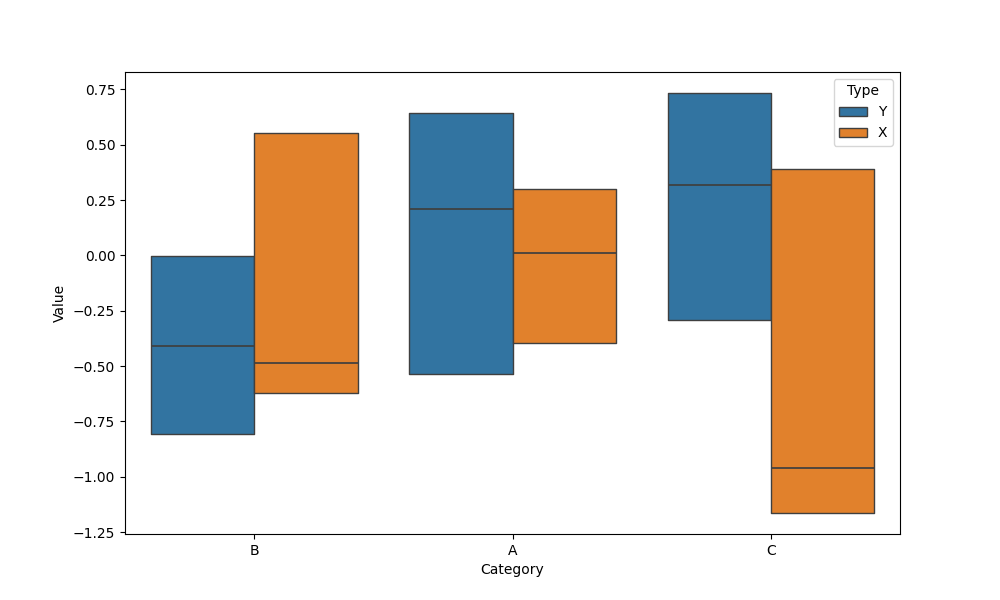
python, seaborn, boxenplot, k_depth='tukey', linewidth=1, scale='exponential', outlier_prop=0.2, showfliers=False